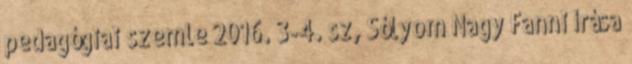
pedagógiai szemle 2016. 3-4. sz, Sólyom Nagy Fanni írása